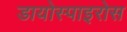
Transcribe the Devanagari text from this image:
डायोस्पाइरोस